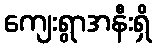
ကျေးရွာအနီးရှိ